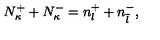
N _ { \kappa } ^ { + } + N _ { \kappa } ^ { - } = n _ { l } ^ { + } + n _ { \overline { l } } ^ { - } ,